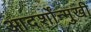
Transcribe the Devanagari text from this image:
आदर्शोंन्मुखी